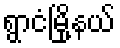
ရွာငံမြို့နယ်